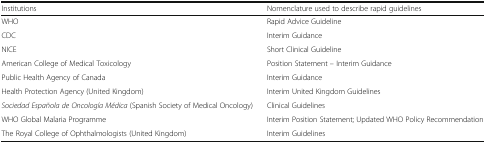
<table><thead><tr><td><b>Institutions</b></td><td><b>Nomenclature used to describe rapid guidelines</b></td></tr></thead><tbody><tr><td>WHO</td><td>Rapid Advice Guideline</td></tr><tr><td>CDC</td><td>Interim Guidance</td></tr><tr><td>NICE</td><td>Short Clinical Guideline</td></tr><tr><td>American College of Medical Toxicology</td><td>Position Statement – Interim Guidance</td></tr><tr><td>Public Health Agency of Canada</td><td>Interim Guidance</td></tr><tr><td>Health Protection Agency (United Kingdom)</td><td>Interim United Kingdom Guidelines</td></tr><tr><td><i>Sociedad Española de Oncología Médica</i> (Spanish Society of Medical Oncology)</td><td>Clinical Guidelines</td></tr><tr><td>WHO Global Malaria Programme</td><td>Interim Position Statement; Updated WHO Policy Recommendation</td></tr><tr><td>The Royal College of Ophthalmologists (United Kingdom)</td><td>Interim Guidelines</td></tr></tbody></table>